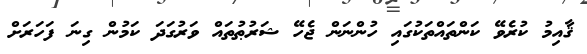
ޤާއިމު ކުރެވޭ ކަންތައްތަކުގައި ހުންނަން ޖެހޭ ޝަރުޠުތައް ވަރުގަދަ ކަމުން ގިނަ ފަހަރަށް